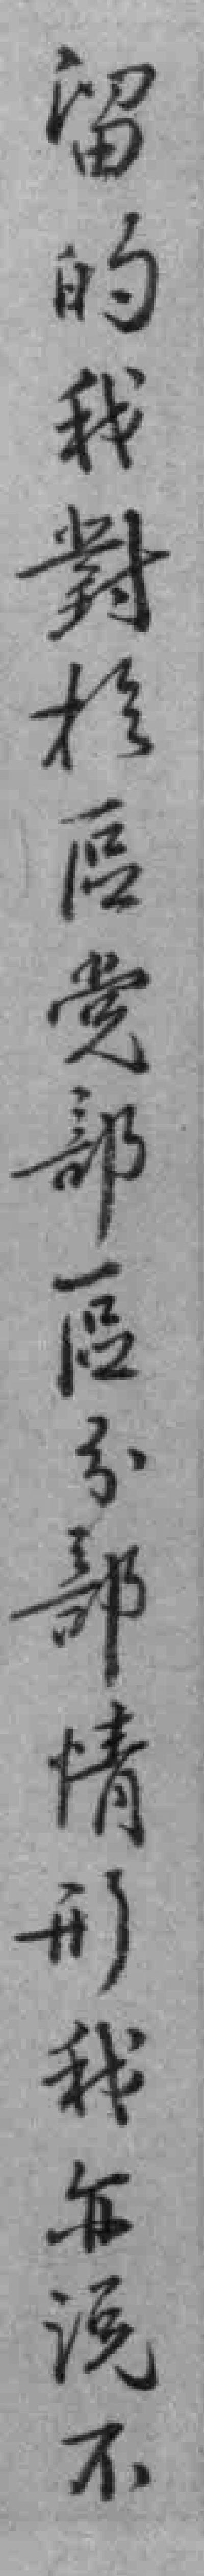
留的我對於區党部區分部情形我亦说不